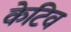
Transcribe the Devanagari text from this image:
केटिव